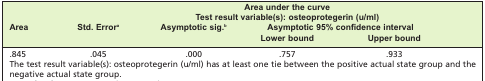
<table><thead><tr><td colspan="5"><b>Area under the curve</b></td></tr><tr><td colspan="5"><b>Test result variable(s): osteoprotegerin (u/ml)</b></td></tr><tr><td rowspan="2"><b>Area</b></td><td rowspan="2"><b>Std. Error<sup>a</sup></b></td><td rowspan="2"><b>Asymptotic sig.<sup>b</sup></b></td><td colspan="2"><b>Asymptotic 95% confidence interval</b></td></tr><tr><td><b>Lower bound</b></td><td><b>Lower bound</b></td></tr></thead><tbody><tr><td>.845</td><td>.045</td><td>.000</td><td>.757</td><td>.933</td></tr><tr><td colspan="5">The test result variable(s): osteoprotegerin (u/ml) has at least one tie between the positive actual state group and the negative actual state group.</td></tr></tbody></table>